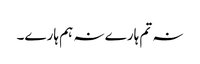
نہ تم ہارے نہ ہم ہارے۔